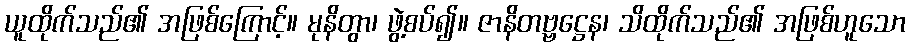
ယူထိုက်သည်၏ အဖြစ်ကြောင့်။ မုနိတွာ၊ ဖွဲ့စပ်၍။ ဇာနိတဗ္ဗဋ္ဌေန၊ သိထိုက်သည်၏ အဖြစ်ဟူသော